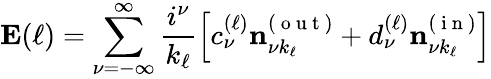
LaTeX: \mathbf{E}(\ell)=\sum_{\nu=-\infty}^{\infty}\frac{i^{\nu}}{k_{\ell}}\left[c_{\nu}^{(\ell)}\mathbf{n}_{\nu k_{\ell}}^{(\mathrm{~o~u~t~})}+d_{\nu}^{(\ell)}\mathbf{n}_{\nu k_{\ell}}^{(\mathrm{~i~n~})}\right]